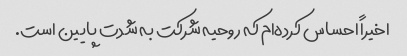
اخیراً احساس کرده‌ام که روحیه شرکت به شدت پایین است.